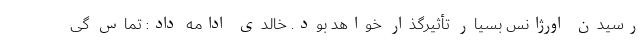
رسیدن اورژانس بسیار تأثیرگذار خواهد بود. خالدی ادامه داد: تماس گی